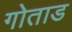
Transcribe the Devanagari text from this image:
गोताड